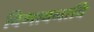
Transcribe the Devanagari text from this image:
विभावनादि